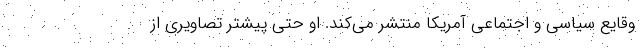
وقایع سیاسی و اجتماعی آمریکا منتشر می‌کند. او حتی پیشتر تصاویری از